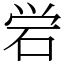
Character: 𬒈